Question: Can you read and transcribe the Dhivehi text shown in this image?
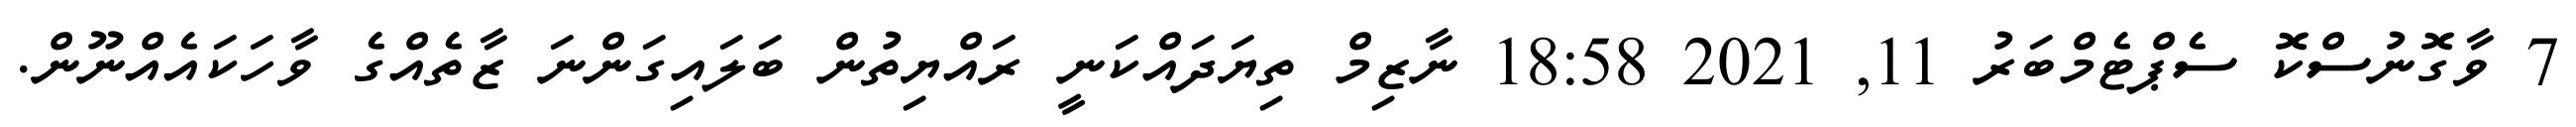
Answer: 7 ވާގޮނުސްކޮ ސެޕްޓެމްބަރު 11, 2021 18:58 ނާޒިމް ތިޔަދައްކަނީ ރައްޔިތުން ބަލައިގަންނަ ޒާތެއްގެ ވާހަކައެއްނޫން.